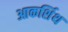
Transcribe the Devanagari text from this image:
आकर्शिथ